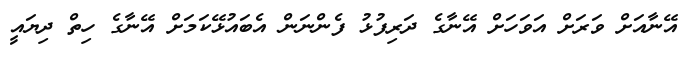
އޭނާއަށް ވަރަށް އަވަހަށް އޭނާގެ ދަރިފުޅު ފެންނަން އެބައުޅޭކަމަށް އޭނާގެ ހިތް ދިޔައީ